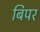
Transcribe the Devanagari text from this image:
बिपर